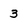
Character: 3